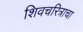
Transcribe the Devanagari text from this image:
शिवचरित्राचा